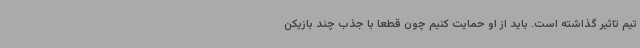
تیم تاثیر گذاشته است. باید از او حمایت کنیم چون قطعا با جذب چند بازیکن